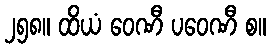
၂၅၈။ ထိယံ ဝေဏီ ပဝေဏီ စ။